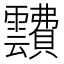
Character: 靅